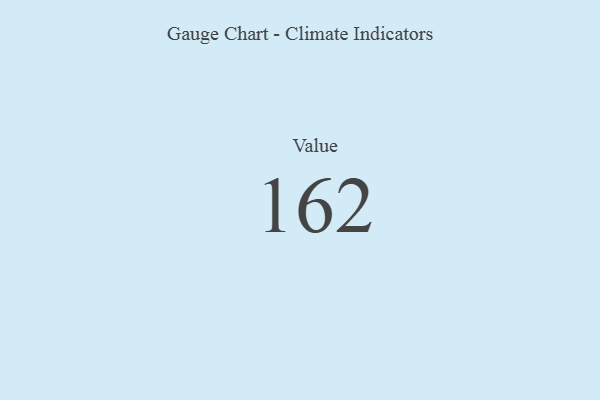
{"axis": {"x": "Metric", "y": "Value"}, "legend": [""], "data": [{"x": "Value", "y": 162, "type": ""}]}